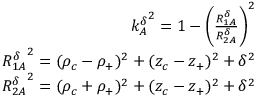
\begin{array} { r } { { k _ { A } ^ { \delta } } ^ { 2 } = 1 - \bigg ( \frac { R _ { 1 A } ^ { \delta } } { R _ { 2 A } ^ { \delta } } \bigg ) ^ { 2 } } \\ { { R _ { 1 A } ^ { \delta } } ^ { 2 } = ( \rho _ { c } - \rho _ { + } ) ^ { 2 } + ( z _ { c } - z _ { + } ) ^ { 2 } + \delta ^ { 2 } } \\ { { R _ { 2 A } ^ { \delta } } ^ { 2 } = ( \rho _ { c } + \rho _ { + } ) ^ { 2 } + ( z _ { c } - z _ { + } ) ^ { 2 } + \delta ^ { 2 } } \end{array}